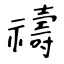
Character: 禱